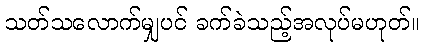
သတ်သလောက်မျှပင် ခက်ခဲသည့်အလုပ်မဟုတ်။